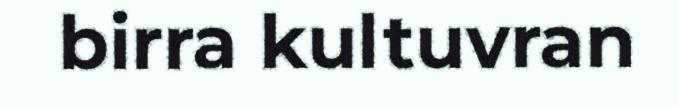
birra kultuvran